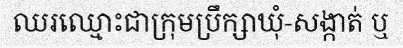
ឈរឈ្មោះជាក្រុមប្រឹក្សាឃុំ-សង្កាត់ ឬ